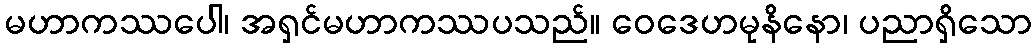
မဟာကဿပေါ၊ အရှင်မဟာကဿပသည်။ ဝေဒေဟမုနိနော၊ ပညာရှိသော